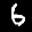
Label: 6